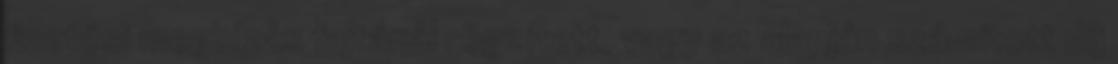
fizetési megbízás fajtánál rögzített, vagy az alapján számított díj